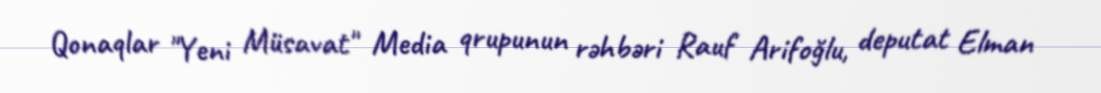
Qonaqlar "Yeni Müsavat" Media qrupunun rəhbəri Rauf Arifoğlu, deputat Elman